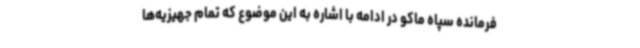
فرمانده سپاه ماکو در ادامه با اشاره به این موضوع که تمام جهیزیه‌ها